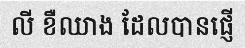
លី ខឺឈាង ដែលបានផ្ញើ